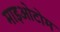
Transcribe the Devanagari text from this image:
माइओटोम